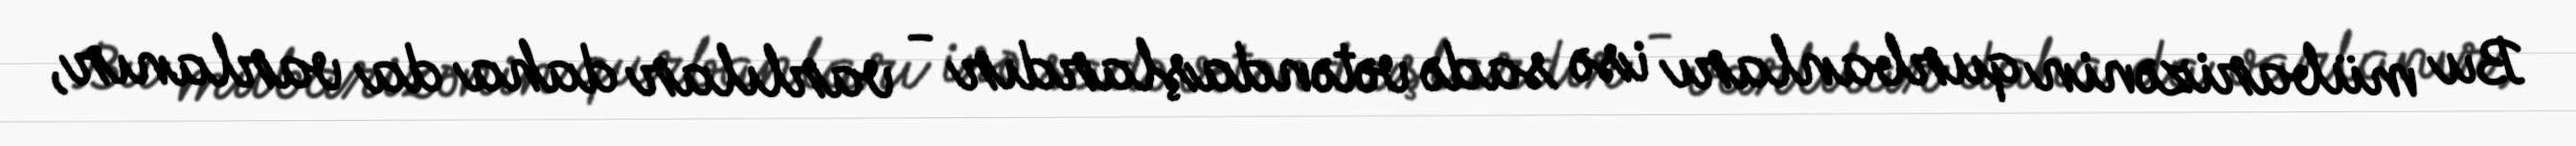
Bu mübarizənin qurbanları isə sadə vətəndaşlardır - varlılar daha da varlanır,